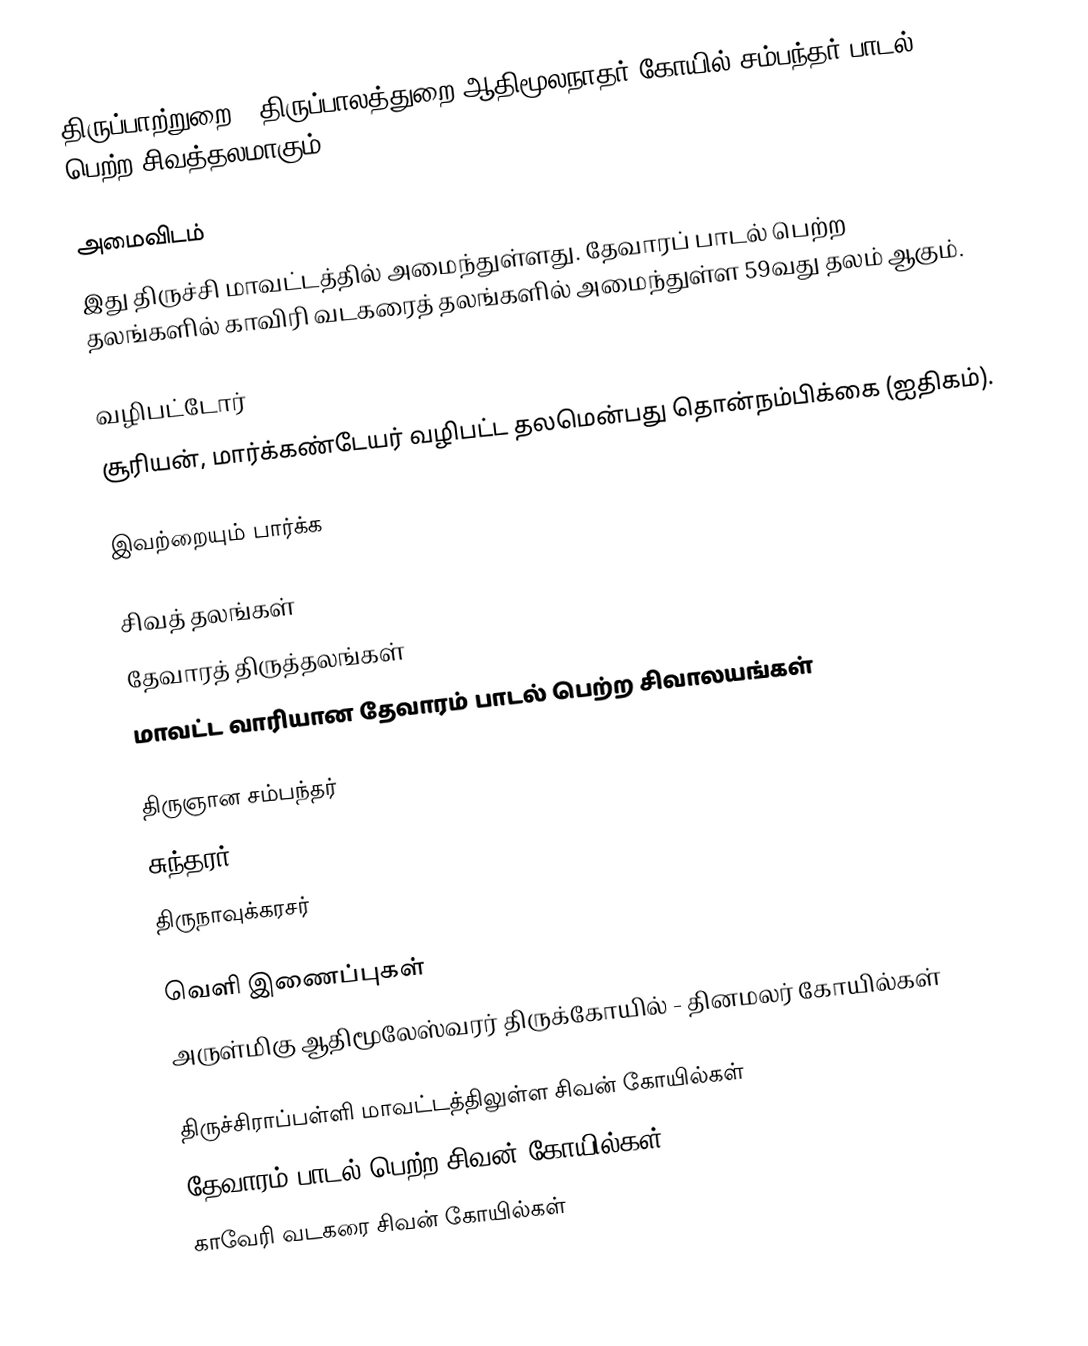
திருப்பாற்றுறை - திருப்பாலத்துறை ஆதிமூலநாதர் கோயில் சம்பந்தர் பாடல் பெற்ற சிவத்தலமாகும்.

அமைவிடம்
இது திருச்சி மாவட்டத்தில் அமைந்துள்ளது.  தேவாரப் பாடல் பெற்ற தலங்களில் காவிரி வடகரைத் தலங்களில் அமைந்துள்ள 59வது தலம் ஆகும்.

வழிபட்டோர்
சூரியன், மார்க்கண்டேயர் வழிபட்ட தலமென்பது தொன்நம்பிக்கை (ஐதிகம்).

இவற்றையும் பார்க்க

 சிவத் தலங்கள்
 தேவாரத் திருத்தலங்கள்
 மாவட்ட வாரியான தேவாரம் பாடல் பெற்ற சிவாலயங்கள்

 திருஞான சம்பந்தர்
 சுந்தரர்
 திருநாவுக்கரசர்

வெளி இணைப்புகள்
 அருள்மிகு ஆதிமூலேஸ்வரர் திருக்கோயில் - தினமலர் கோயில்கள்

திருச்சிராப்பள்ளி மாவட்டத்திலுள்ள சிவன் கோயில்கள்
தேவாரம் பாடல் பெற்ற சிவன் கோயில்கள்
காவேரி வடகரை சிவன் கோயில்கள்